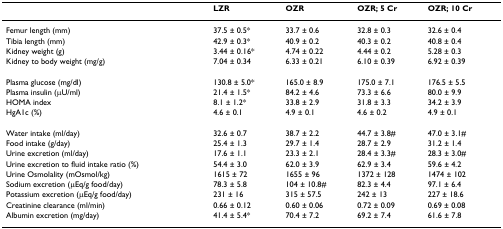
<table><thead><tr><td></td><td><b>LZR</b></td><td><b>OZR</b></td><td><b>OZR; 5 Cr</b></td><td><b>OZR; 10 Cr</b></td></tr></thead><tbody><tr><td>Femur length (mm)</td><td>37.5 ± 0.5*</td><td>33.7 ± 0.6</td><td>32.8 ± 0.3</td><td>32.6 ± 0.4</td></tr><tr><td>Tibia length (mm)</td><td>42.9 ± 0.3*</td><td>40.9 ± 0.2</td><td>40.3 ± 0.2</td><td>40.8 ± 0.4</td></tr><tr><td>Kidney weight (g)</td><td>3.44 ± 0.16*</td><td>4.74 ± 0.22</td><td>4.44 ± 0.2</td><td>5.28 ± 0.3</td></tr><tr><td>Kidney to body weight (mg/g)</td><td>7.04 ± 0.34</td><td>6.33 ± 0.21</td><td>6.10 ± 0.39</td><td>6.92 ± 0.39</td></tr><tr><td>Plasma glucose (mg/dl)</td><td>130.8 ± 5.0*</td><td>165.0 ± 8.9</td><td>175.0 ± 7.1</td><td>176.5 ± 5.5</td></tr><tr><td>Plasma insulin (μU/ml)</td><td>21.4 ± 1.5*</td><td>84.2 ± 4.6</td><td>73.3 ± 6.6</td><td>80.0 ± 9.9</td></tr><tr><td>HOMA index</td><td>8.1 ± 1.2*</td><td>33.8 ± 2.9</td><td>31.8 ± 3.3</td><td>34.2 ± 3.9</td></tr><tr><td>HgA1c (%)</td><td>4.6 ± 0.1</td><td>4.9 ± 0.1</td><td>4.6 ± 0.2</td><td>4.9 ± 0.1</td></tr><tr><td>Water intake (ml/day)</td><td>32.6 ± 0.7</td><td>38.7 ± 2.2</td><td>44.7 ± 3.8#</td><td>47.0 ± 3.1#</td></tr><tr><td>Food intake (g/day)</td><td>25.4 ± 1.3</td><td>29.7 ± 1.4</td><td>28.7 ± 2.9</td><td>31.2 ± 1.4</td></tr><tr><td>Urine excretion (ml/day)</td><td>17.6 ± 1.1</td><td>23.3 ± 2.1</td><td>28.4 ± 3.3#</td><td>28.3 ± 3.0#</td></tr><tr><td>Urine excretion to fluid intake ratio (%)</td><td>54.4 ± 3.0</td><td>62.0 ± 3.9</td><td>62.9 ± 3.4</td><td>59.6 ± 4.2</td></tr><tr><td>Urine Osmolality (mOsmol/kg)</td><td>1615 ± 72</td><td>1655 ± 96</td><td>1372 ± 128</td><td>1474 ± 102</td></tr><tr><td>Sodium excretion (μEq/g food/day)</td><td>78.3 ± 5.8</td><td>104 ± 10.8#</td><td>82.3 ± 4.4</td><td>97.1 ± 6.4</td></tr><tr><td>Potassium excretion (μEq/g food/day)</td><td>231 ± 16</td><td>315 ± 57.5</td><td>242 ± 13</td><td>227 ± 18.6</td></tr><tr><td>Creatinine clearance (ml/min)</td><td>0.66 ± 0.12</td><td>0.60 ± 0.06</td><td>0.72 ± 0.09</td><td>0.69 ± 0.08</td></tr><tr><td>Albumin excretion (mg/day)</td><td>41.4 ± 5.4*</td><td>70.4 ± 7.2</td><td>69.2 ± 7.4</td><td>61.6 ± 7.8</td></tr></tbody></table>